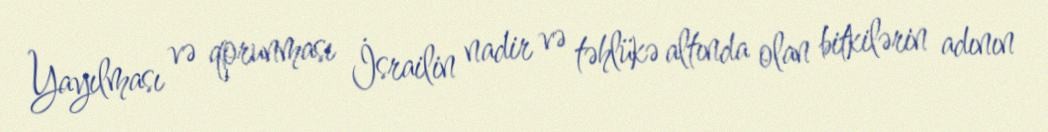
Yayılması və qorunması İsrailin nadir və təhlükə altında olan bitkilərin adının